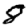
Digit: 8